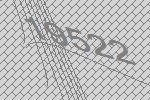
19522